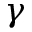
\gamma